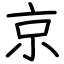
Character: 京